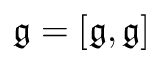
{ \mathfrak { g } } = [ { \mathfrak { g } } , { \mathfrak { g } } ]